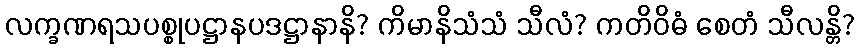
လက္ခဏရသပစ္စုပဋ္ဌာနပဒဋ္ဌာနာနိ? ကိမာနိသံသံ သီလံ? ကတိဝိဓံ စေတံ သီလန္တိ?